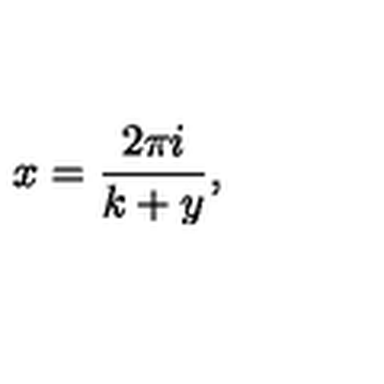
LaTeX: x = { \frac { 2 \pi i } { k + y } } ,